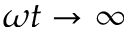
\omega t \rightarrow \infty